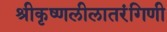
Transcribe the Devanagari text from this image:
श्रीकृष्णलीलातरंगिणी